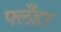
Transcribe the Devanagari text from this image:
फ्लँडर